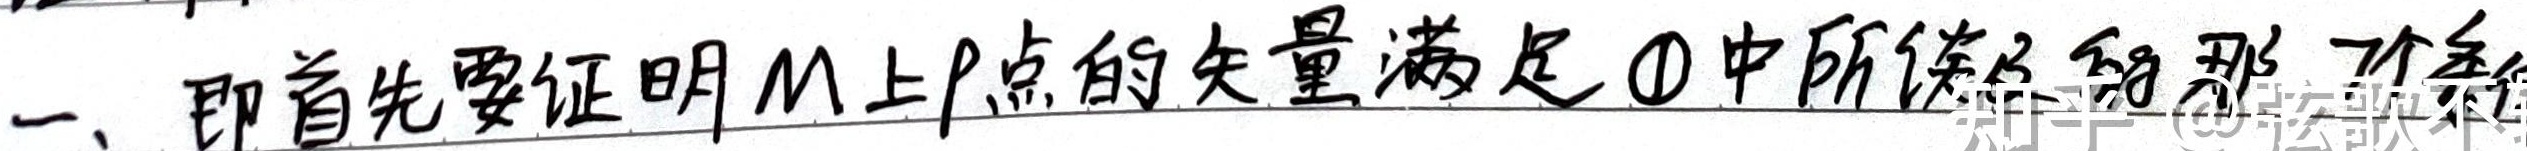
一、即首先要证明$M$上$p$点的矢量满足\textcircled{1}中所谈及的那些条